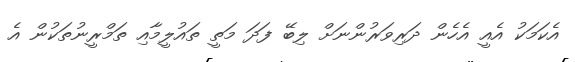
އެކަމަކު އެއީ އެހެން ދަރިވަރުންނަށް ލިބޭ ފަދަ މަތީ ތައުލީމާއި ތަމްރީނުތަކުން އެ